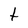
Character: t